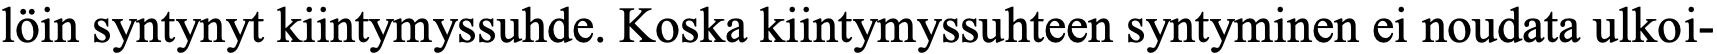
löin syntynyt kiintymyssuhde. Koska kiintymyssuhteen syntyminen ei noudata ulkoi-